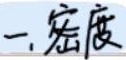
一. 密度